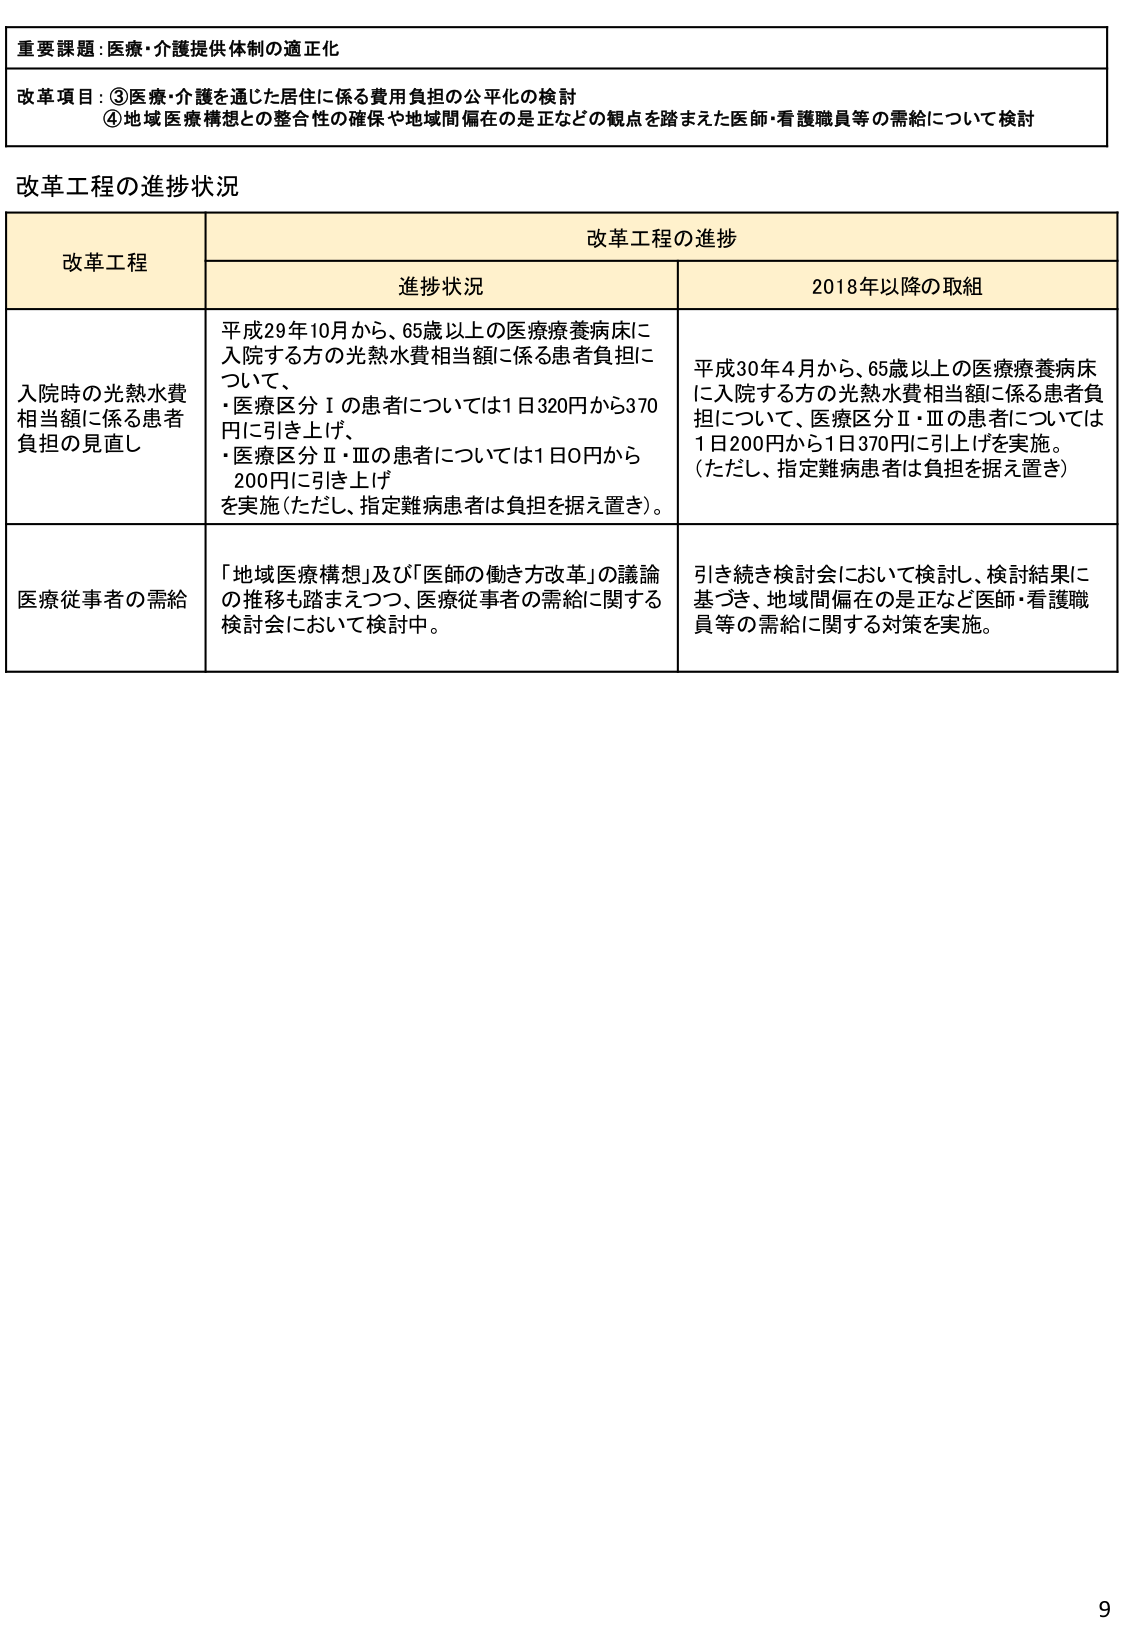
重要課題：医療・介護提供体制の適正化

改革項目：③医療・介護を通じた居住に係る費用負担の公平化の検討
④地域医療構想との整合性の確保や地域間偏在の是正などの観点を踏まえた医師・看護職員等の需給について検討

改革工程の進捗状況

改革工程